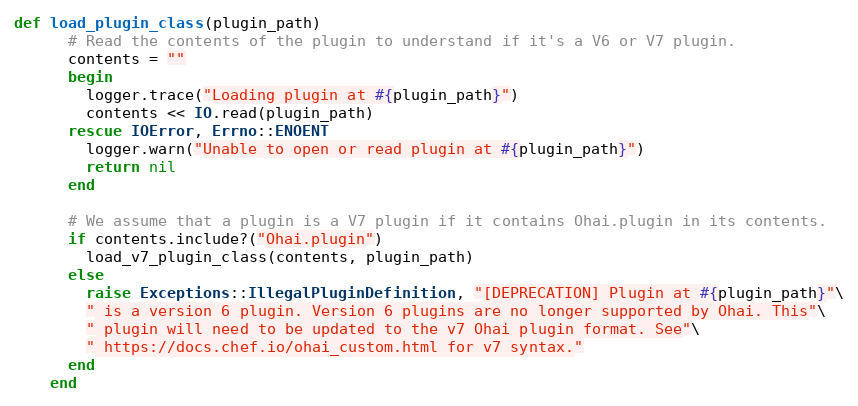
Language: Ruby
def load_plugin_class(plugin_path)
      # Read the contents of the plugin to understand if it's a V6 or V7 plugin.
      contents = ""
      begin
        logger.trace("Loading plugin at #{plugin_path}")
        contents << IO.read(plugin_path)
      rescue IOError, Errno::ENOENT
        logger.warn("Unable to open or read plugin at #{plugin_path}")
        return nil
      end

      # We assume that a plugin is a V7 plugin if it contains Ohai.plugin in its contents.
      if contents.include?("Ohai.plugin")
        load_v7_plugin_class(contents, plugin_path)
      else
        raise Exceptions::IllegalPluginDefinition, "[DEPRECATION] Plugin at #{plugin_path}"\
        " is a version 6 plugin. Version 6 plugins are no longer supported by Ohai. This"\
        " plugin will need to be updated to the v7 Ohai plugin format. See"\
        " https://docs.chef.io/ohai_custom.html for v7 syntax."
      end
    end